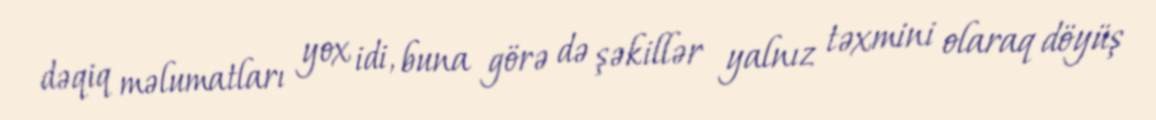
dəqiq məlumatları yox idi, buna görə də şəkillər yalnız təxmini olaraq döyüş